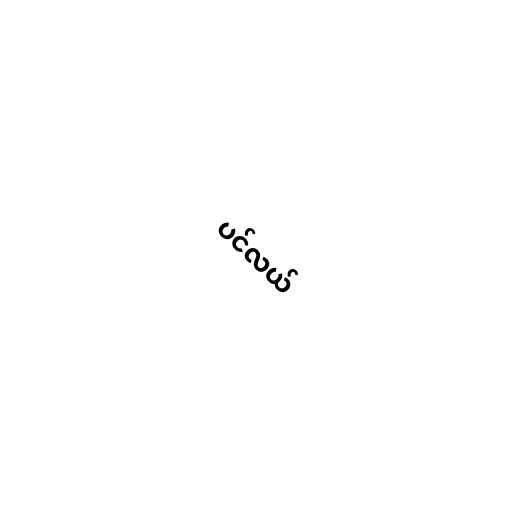
ပင်လယ်